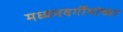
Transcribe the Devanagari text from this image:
मध्यमवर्गीयांच्या